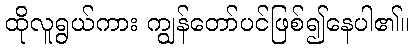
ထိုလူရွယ်ကား ကျွန်တော်ပင်ဖြစ်၍နေပါ၏။